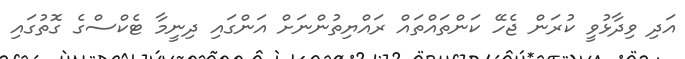
އަދި ވިދާޅުވީ ކުރަން ޖެހޭ ކަންތައްތައް ރައްޔިތުންނަށް އަންގައި ދިނީމާ ޓެކްސްގެ ގޮތުގައި